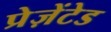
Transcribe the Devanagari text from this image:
प्रेज़ेंटेड